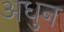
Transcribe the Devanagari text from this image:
अधुन